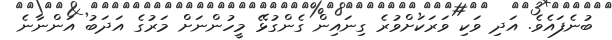
ބުނެފައެވެ. އަދި ވަކި ވަރަކަށްވުރެ ގިނައިން ގެންގުޅޭ މީހުންނަށް މަރުގެ އަދަބު އަންނާނެ